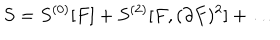
S = S ^ { ( 0 ) } [ F ] + S ^ { ( 2 ) } [ F , ( \partial F ) ^ { 2 } ] + \dots